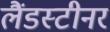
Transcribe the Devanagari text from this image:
लैंडस्टीनर